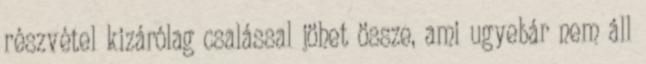
részvétel kizárólag csalással jöhet össze, ami ugyebár nem áll